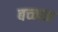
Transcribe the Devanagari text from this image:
बच्च्पन